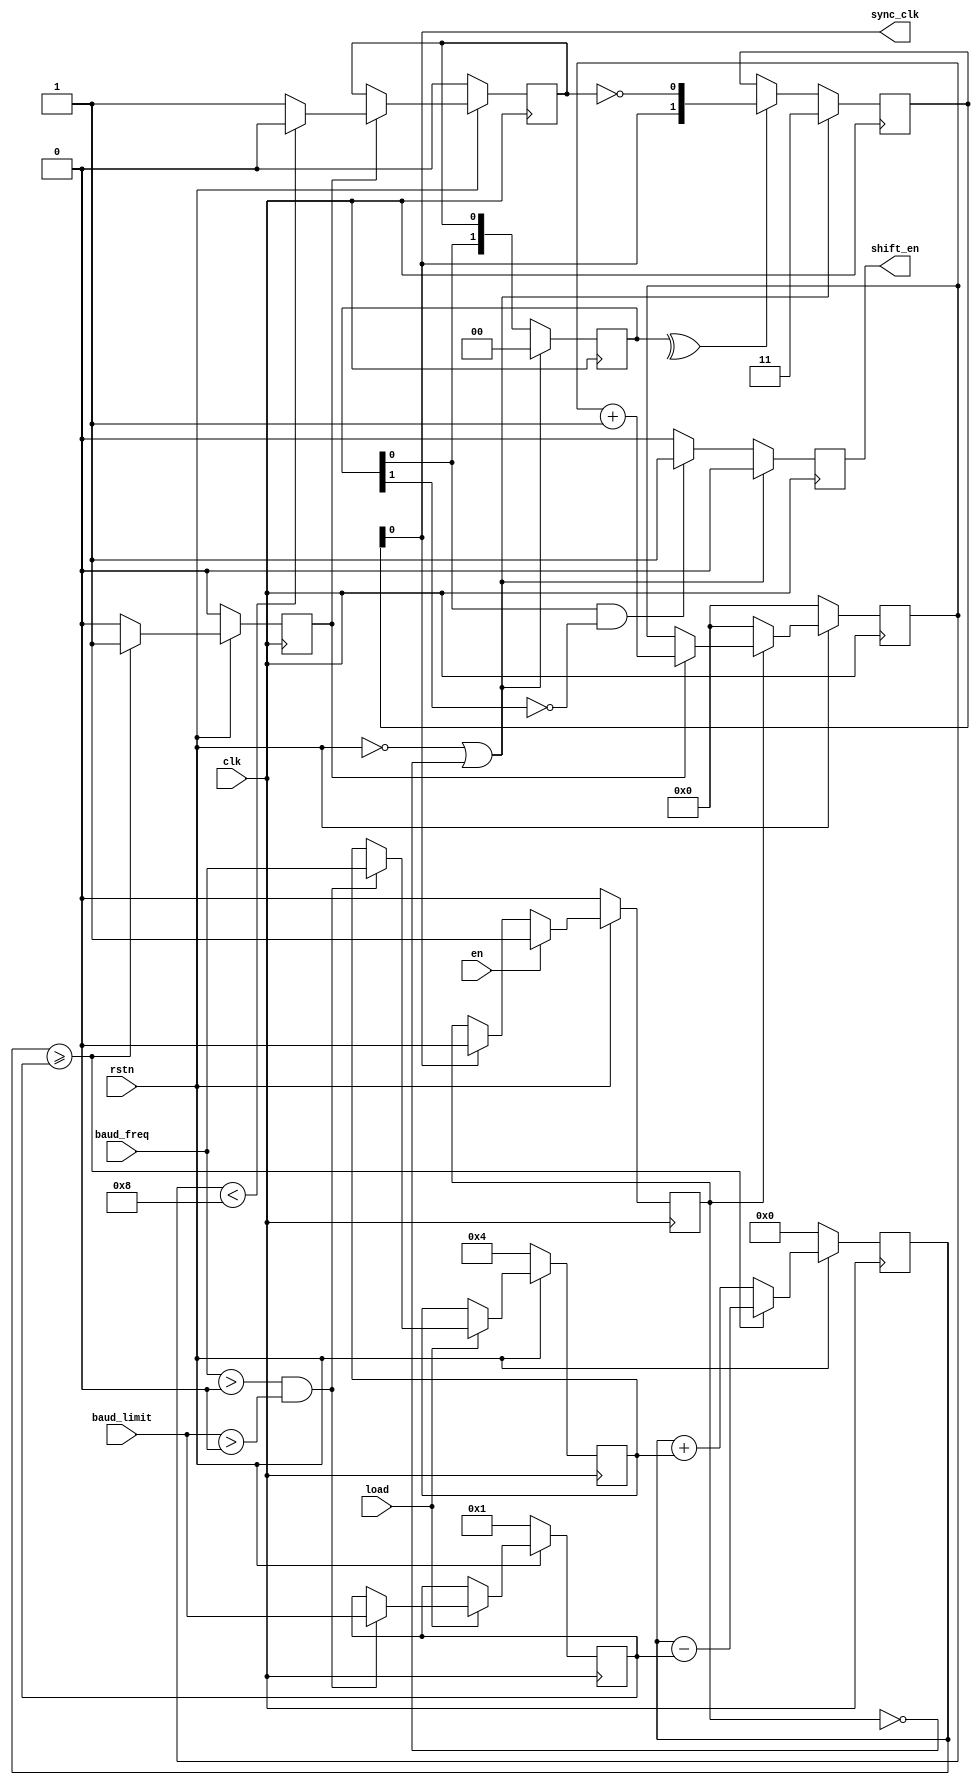
// verilog_format: off
`resetall
`timescale 1ns / 1ps
`default_nettype none
// verilog_format: on

module hdlc_tx_clk_gen #(
    parameter CPOL = 1'b1,
    parameter CPHA = 1'b1
) (
    input  wire        clk,         // clock
    input  wire        rstn,        // active low reset
    input  wire        en,          //
    input  wire        load,        //
    input  wire [11:0] baud_freq,   //
    input  wire [15:0] baud_limit,  //
    output reg         shift_en,    //
    output wire        sync_clk     //
);
    reg        en_reg;
    reg [11:0] baud_freq_reg;
    reg [15:0] baud_limit_reg;

    // ***********************************************************************************
    // config register
    // ***********************************************************************************
    always @(posedge clk) begin
        if (!rstn) begin
            baud_freq_reg  <= 4;
            baud_limit_reg <= 1;
        end else if (load) begin
            if (baud_freq > 0 && baud_limit > 0) begin
                baud_freq_reg  <= baud_freq;
                baud_limit_reg <= baud_limit;
            end
        end
    end

    always @(posedge clk) begin
        if (!rstn) begin
            en_reg <= 1'b0;
        end else begin
            if (en) begin
                en_reg <= 1'b1;
            end else if (CPOL == sync_clk) begin
                en_reg <= 1'b0;
            end
        end
    end

    // ***********************************************************************************
    // internal clock for transmit
    // ***********************************************************************************
    reg [15:0] counter;
    reg [ 3:0] count16;
    reg        ce_16;
    reg        int_sync_clk = 1'b0;
    // baud divider counter
    always @(posedge clk) begin
        if (!rstn) begin
            counter <= 16'b0;
        end else if (counter >= baud_limit_reg) begin
            counter <= counter - baud_limit_reg;
        end else begin
            counter <= counter + {4'h0, baud_freq_reg};
        end
    end

    // clk divider output
    always @(posedge clk) begin
        if (!rstn) begin
            ce_16 <= 1'b0;
        end else if (counter >= baud_limit_reg) begin
            ce_16 <= 1'b1;
        end else begin
            ce_16 <= 1'b0;
        end
    end

    // ce_16 divider output
    always @(posedge clk) begin
        if (!rstn) count16 <= 4'b0;
        else if (en_reg == 1'b1) begin
            if (ce_16) begin
                count16 <= count16 + 4'h1;
            end
        end else begin
            count16 <= 4'b0;
        end
    end

    always @(posedge clk) begin
        if (!rstn) begin
            int_sync_clk <= 1'b0;
        end else begin
            if (ce_16) begin
                if (count16 < 8) begin
                    int_sync_clk <= 1'b0;
                end else begin
                    int_sync_clk <= 1'b1;
                end
            end
        end
    end

    // ***********************************************************************************
    // tx enable strobe
    // ***********************************************************************************
    reg [1:0] sync_clk_dd;
    always @(posedge clk) begin
        if (!rstn || !en_reg) begin
            sync_clk_dd <= 2'b00;
        end else begin
            sync_clk_dd <= {sync_clk_dd[0], int_sync_clk};
        end
    end

    always @(posedge clk) begin
        if (!rstn || !en_reg) begin
            shift_en <= 1'b0;
        end else begin
            if ((sync_clk_dd[0] & (~sync_clk_dd[1]))) begin
                shift_en <= 1'b1;
            end else begin
                shift_en <= 1'b0;
            end
        end
    end

    // ***********************************************************************************
    // sync clk for output
    // ***********************************************************************************
    reg [1:0] sync_clk_d = {2{CPOL}};
    generate
        always @(posedge clk) begin
            if (!rstn || !en_reg) begin
                sync_clk_d <= {2{CPOL}};
            end else if (^sync_clk_dd) begin
                sync_clk_d <= {sync_clk_d[0], int_sync_clk ^ CPOL};
            end
        end
        if (CPHA == 1'b0) begin : g_cpha0
            assign sync_clk = sync_clk_d[1];
        end else begin : g_cpha1
            assign sync_clk = sync_clk_d[0];
        end
    endgenerate

endmodule

// verilog_format: off
`resetall
// verilog_format: on